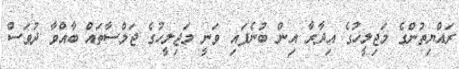
ރައްޔިތުންގެ މަޖިލީހުގެ އިދާރާ އިން ބުނެފައި ވަނީ މަޖިލީހުގެ ޖަލްސާތައް ބާއްވާ ދުވަސް